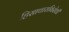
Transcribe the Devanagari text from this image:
हिसाचाराविरोधी